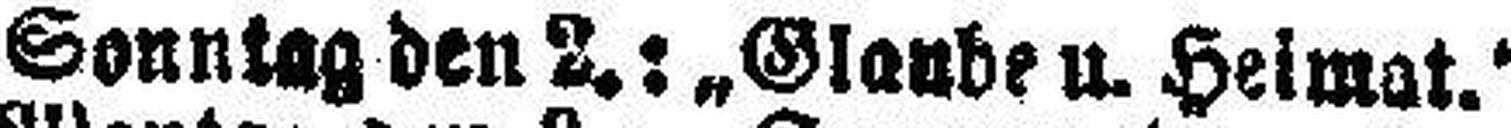
Sonntag den 2.: „Glaube u. Heimat.“